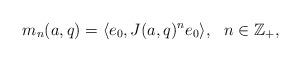
LaTeX: \begin{align*}m_{n}(a,q)=\langle e_{0},J(a,q)^{n}e_{0}\rangle,\ \ n\in\mathbb{Z}_{+},\end{align*}